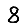
Digit: 8